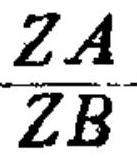
\frac{ZA}{ZB}